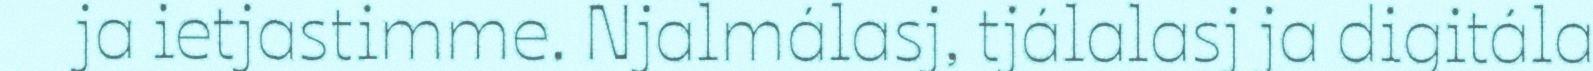
ja ietjastimme. Njalmálasj, tjálalasj ja digitála